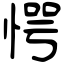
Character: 愕